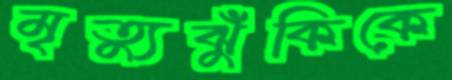
মৃত্যুঝুঁকিকে